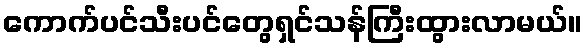
ကောက်ပင်သီးပင်တွေရှင်သန်ကြီးထွားလာမယ်။